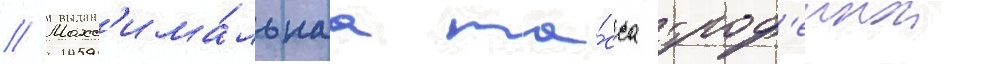
// Макс'има́льнаа ма́сса троф'еинои